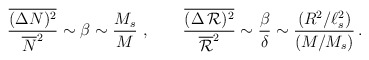
\begin{align*}\frac{\overline{(\Delta N)^2}}{\overline{N}^2} \sim \beta \sim \frac{M_s}{M} \ , \qquad \frac{\overline{(\Delta \, {\cal R})^2}}{\overline{\cal R}^2} \sim \frac{\beta}{\delta} \sim \frac{(R^2 / \ell_s^2)}{(M / M_s)} \, . \end{align*}